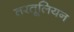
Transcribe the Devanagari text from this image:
तरतूलियन